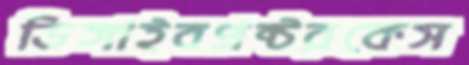
ডিঙ্গাইবপ্রক্টরকেস